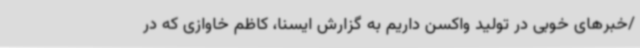
/خبرهای خوبی در تولید واکسن داریم به گزارش ایسنا، کاظم خاوازی که در